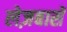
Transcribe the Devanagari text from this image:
लेज़बासॅ